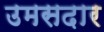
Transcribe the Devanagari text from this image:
उमसदार